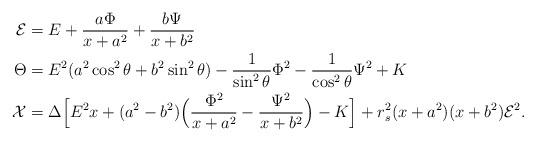
LaTeX: \begin{align*}\mathcal{E}&= E+\frac{a\Phi}{x+a^2} + \frac{b\Psi}{x+b^2} \\\Theta &= E^2(a^2\cos^2\theta +b^2\sin^2\theta)-\frac{1}{\sin^2\theta}\Phi^2 -\frac{1}{\cos^2\theta}\Psi^2 + K\\\mathcal{X}&=\Delta \Bigl[E^2 x+(a^2-b^2)\Bigl(\frac{\Phi^2}{x+a^2}-\frac{\Psi^2}{x+b^2}\Bigr)-K\Bigr]+ r_s^2 (x+a^2)(x+b^2)\mathcal{E}^2.\end{align*}